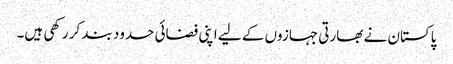
پاکستان نے بھارتی جہازوں کے لیے اپنی فضائی حدود بند کر رکھی ہیں۔